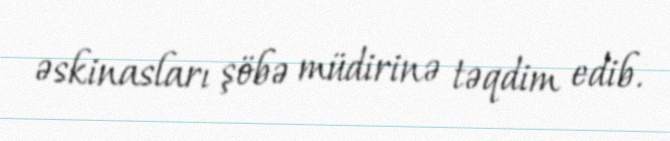
əskinasları şöbə müdirinə təqdim edib.